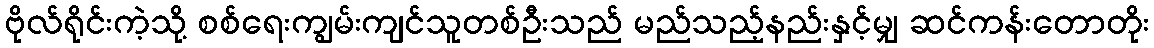
ဗိုလ်ရိုင်းကဲ့သို့ စစ်ရေးကျွမ်းကျင်သူတစ်ဦးသည် မည်သည့်နည်းနှင့်မျှ ဆင်ကန်းတောတိုး